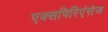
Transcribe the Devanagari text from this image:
एक्सपिरिएंसेज